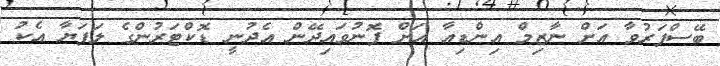
ބޭސްފަރުވާ އަށް ނާޒިމް އިންޑިއާ އަށް ފޮނުވައިދޭން އެދުނީ ޑޮކްޓަރުންގެ ލަފަޔާ އެކު